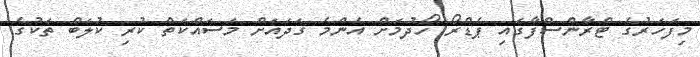
މިފަހަރުގެ ޓްރާންސްފާގައި ޕެޑްރޯ ހޯދުމަށް އެންމެ ގަދައަށް މަސައްކަތް ކުރި ކުލަބް ތަކުގެ